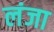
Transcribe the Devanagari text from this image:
लंजा